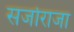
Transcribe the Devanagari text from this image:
सर्जाराजा